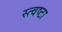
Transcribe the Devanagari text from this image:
स्त्वष्टा